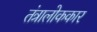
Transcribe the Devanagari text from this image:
तंत्रालोककार